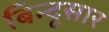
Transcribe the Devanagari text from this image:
बिन्दूसार